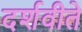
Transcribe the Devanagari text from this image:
दर्शवीते